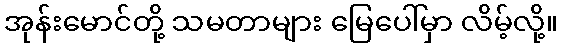
အုန်းမောင်တို့ သမတာများ မြေပေါ်မှာ လိမ့်လို့။